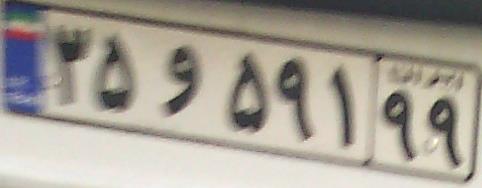
۳۵و۵۹۱۹۹